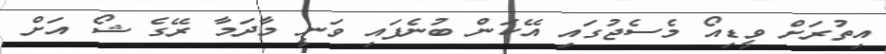
އިތުރަށް ވީޑިއޯ މެސެޖުގައި އޭކަން ބުނެފައި ވަނީ މާދަމާ ރޭގެ ޝޯ އަށް